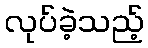
လုပ်ခဲ့သည့်